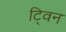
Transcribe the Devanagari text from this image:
टि्वन